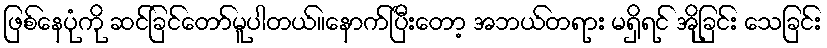
ဖြစ်နေပုံကို ဆင်ခြင်တော်မူပါတယ်။နောက်ပြီးတော့ အဘယ်တရား မရှိရင် အိုခြင်း သေခြင်း